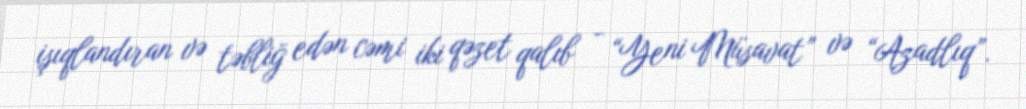
işıqlandıran və təbliğ edən cəmi iki qəzet qalıb - “Yeni Müsavat” və “Azadlıq”.